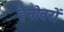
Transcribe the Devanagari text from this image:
हैनोवरों